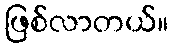
ဖြစ်လာတယ်။